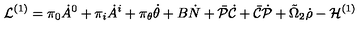
{ \cal L } ^ { ( 1 ) } = \pi _ { 0 } \dot { A } ^ { 0 } + \pi _ { i } \dot { A } ^ { i } + \pi _ { \theta } \dot { \theta } + B \dot { N } + \bar { \cal P } \dot { \cal C } + \bar { \cal C } \dot { \cal P } + \tilde { \Omega } _ { 2 } \dot { \rho } - { \cal H } ^ { ( 1 ) }